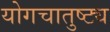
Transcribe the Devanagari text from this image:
योगचातुष्ट्य